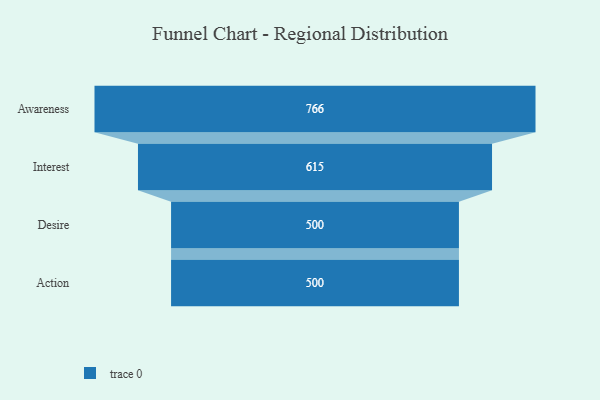
{"axis": {"x": "Stage", "y": "Value"}, "legend": [""], "data": [{"x": "Awareness", "y": 766.0, "type": ""}, {"x": "Interest", "y": 615.0, "type": ""}, {"x": "Desire", "y": 500, "type": ""}, {"x": "Action", "y": 500, "type": ""}]}